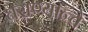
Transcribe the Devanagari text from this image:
घराण्यान्चे